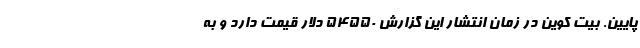
پایین. بیت کوین در زمان انتشار این گزارش 54550 دلار قیمت دارد و به